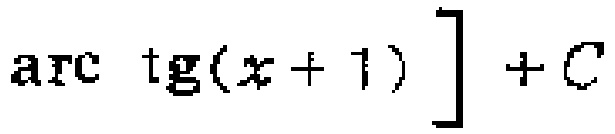
$\mathrm{arc}\ \mathrm{tg}(x + 1)]+C$